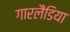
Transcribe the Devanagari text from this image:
गारलैंडिया